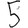
Digit: 5